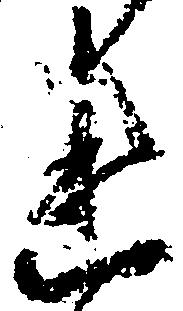
れ